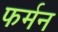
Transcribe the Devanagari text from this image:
फर्मन